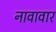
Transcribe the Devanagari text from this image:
नावावार